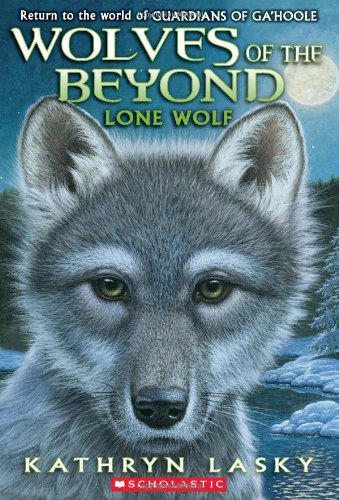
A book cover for Lone Wolf (Wolves of the Beyond, Book 1); Kathryn Lasky; Children's Books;